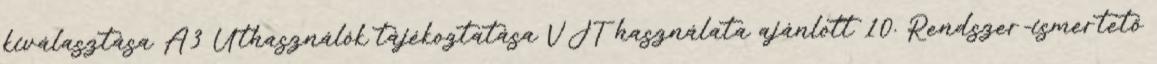
kiválasztása A3 Úthasználók tájékoztatása VJT használata ajánlott 10. Rendszer-ismertető